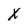
Character: x